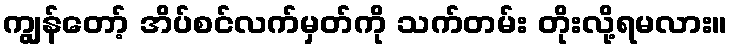
ကျွန်တော့် အိပ်စင်လက်မှတ်ကို သက်တမ်း တိုးလို့ရမလား။